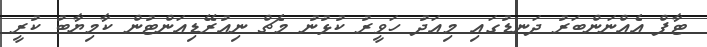
ޓާފް އެއްނަންބަރު ދަނޑުގައި މިއަދު ހަވީރު ކުޅުނު މެޗް ނިއުރޭޑިއަންޓުން ކާމިޔާބު ކުރީ